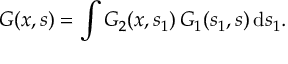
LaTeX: G ( x , s ) = \int G _ { 2 } ( x , s _ { 1 } ) \, G _ { 1 } ( s _ { 1 } , s ) \, \mathrm { d } s _ { 1 } .